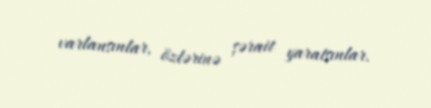
varlansınlar, özlərinə şərait yaratsınlar.